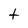
Character: t